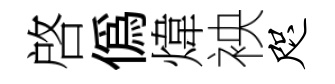
啓偽煒䘧咫